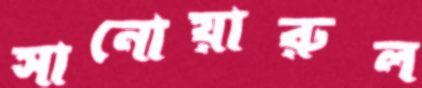
সানোয়ারুল